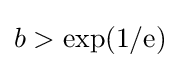
b>\exp(1/\mathrm {e} )